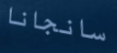
سانجانا